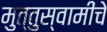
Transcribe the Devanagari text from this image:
मुत्तुस्वामींचे